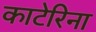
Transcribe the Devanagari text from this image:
काटेरिना